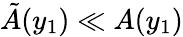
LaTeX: \tilde{A}(y_{1})\ll A(y_{1})